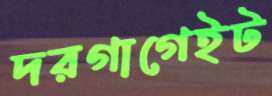
দরগাগেইট